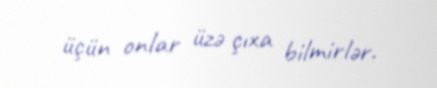
üçün onlar üzə çıxa bilmirlər.